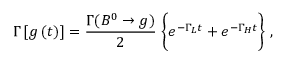
\Gamma \left[ g \left( t \right) \right] = \frac { \Gamma ( B ^ { 0 } \rightarrow g ) } { 2 } \; \bigg \{ e ^ { - \Gamma _ { L } t } + e ^ { - \Gamma _ { H } t } \bigg \} \; ,